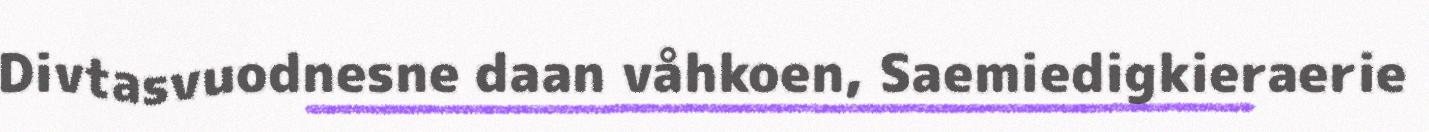
Divtasvuodnesne daan våhkoen, Saemiedigkieraerie